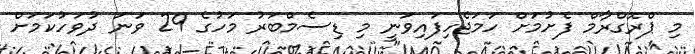
މި ޕްރޮގްރާމް ފެށުމަށް ހަމަޖެހިފައިވަނީ މި ޑިސެމްބަރު މަހުގެ 29 ވަނަ ދުވަހުކަމަށް